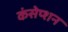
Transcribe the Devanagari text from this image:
कंसेप्शन